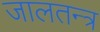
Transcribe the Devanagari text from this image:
जालतन्त्र